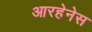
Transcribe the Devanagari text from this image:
आरहेनेस